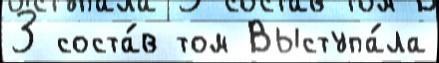
3 соста́в том Выступа́ла